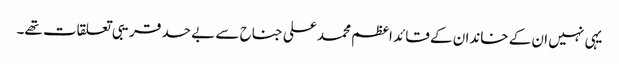
یہی نہیں ان کے خاندان کے قائد اعظم محمد علی جناح سے بے حد قریبی تعلقات تھے۔